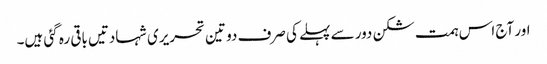
اور آج اس ہمت شکن دور سے پہلے کی صرف دو تین تحریری شہادتیں باقی رہ گئی ہیں۔